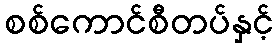
စစ်ကောင်စီတပ်နှင့်